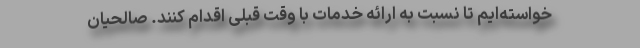
خواسته‌ایم تا نسبت به ارائه خدمات با وقت قبلی اقدام کنند. صالحیان